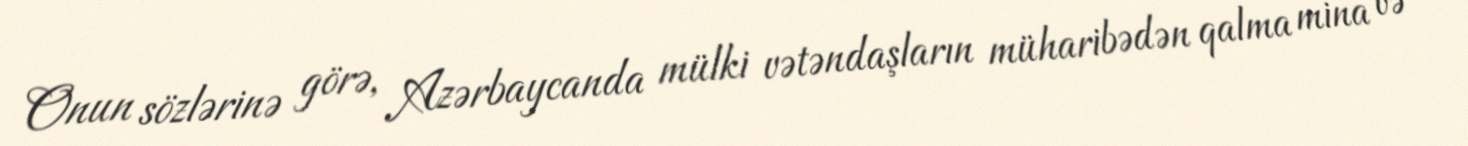
Onun sözlərinə görə, Azərbaycanda mülki vətəndaşların müharibədən qalma mina və